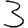
Digit: 3